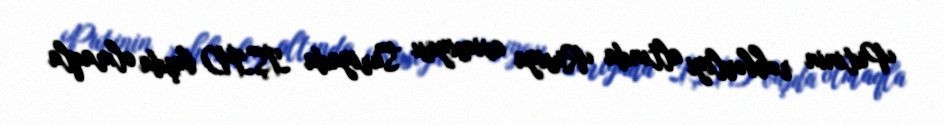
Putinin rəhbərliyi altında Rusiya aviasiyası Suriyada İŞİD başda olmaqla